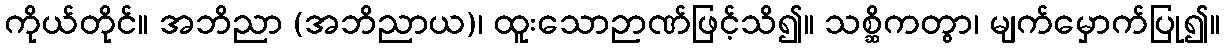
ကိုယ်တိုင်။ အဘိညာ (အဘိညာယ)၊ ထူးသောဉာဏ်ဖြင့်သိ၍။ သစ္ဆိကတွာ၊ မျက်မှောက်ပြု၍။